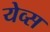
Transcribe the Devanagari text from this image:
येव्स